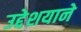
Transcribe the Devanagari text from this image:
उद्देशयाने